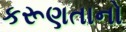
કરૂણતાનો